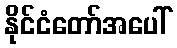
နိုင်ငံတော်အပေါ်